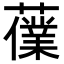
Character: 𧀸